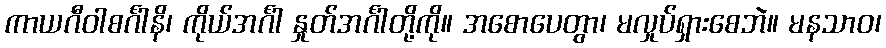
ကာယဂီဝါစင်္ဂါနိ၊ ကိုယ်အင်္ဂါ နှုတ်အင်္ဂါတို့ကို။ အစောပေတွာ၊ မလှုပ်ရှားစေဘဲ။ မနသာဝ၊